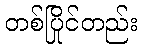
တစ်ပြိုင်တည်း